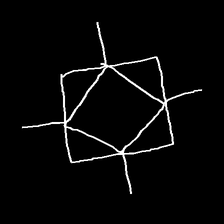
Glyph: light